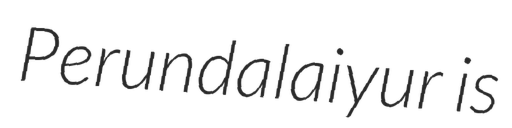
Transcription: Perundalaiyur is